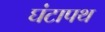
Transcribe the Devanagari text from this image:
घंटापथ